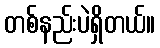
တစ်နည်းပဲရှိတယ်။